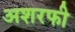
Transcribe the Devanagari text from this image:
अशरफी